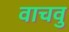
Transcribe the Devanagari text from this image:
वाचवु